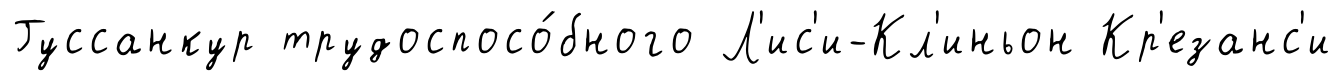
Гуссанкур трудоспосо́бного Л'ис'и-Кл'иньон Кр'езанс'и